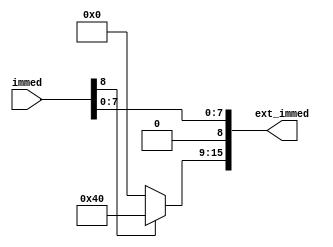
module SignExtend (
    input [8:0] immed,
    output reg [15:0] ext_immed
);

    always @(*) begin
        if (immed[8] == 1) begin
            ext_immed = {7'b1000000, immed};
            ext_immed[8] = 0;
        end else begin
            ext_immed = {7'b0000000, immed};
        end
    end

endmodule